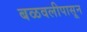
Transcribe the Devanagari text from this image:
बळवलीपासून